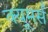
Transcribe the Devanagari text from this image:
क्यूमर्स